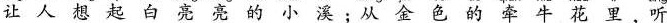
让人想起白亮亮的小溪:从金色的牵牛花里，听